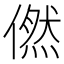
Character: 㒄